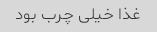
غذا خیلی چرب بود